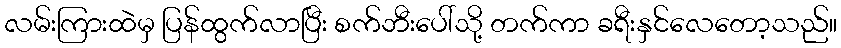
လမ်းကြားထဲမှ ပြန်ထွက်လာပြီး စက်ဘီးပေါ်သို့ တက်ကာ ခရီးနှင်လေတော့သည်။